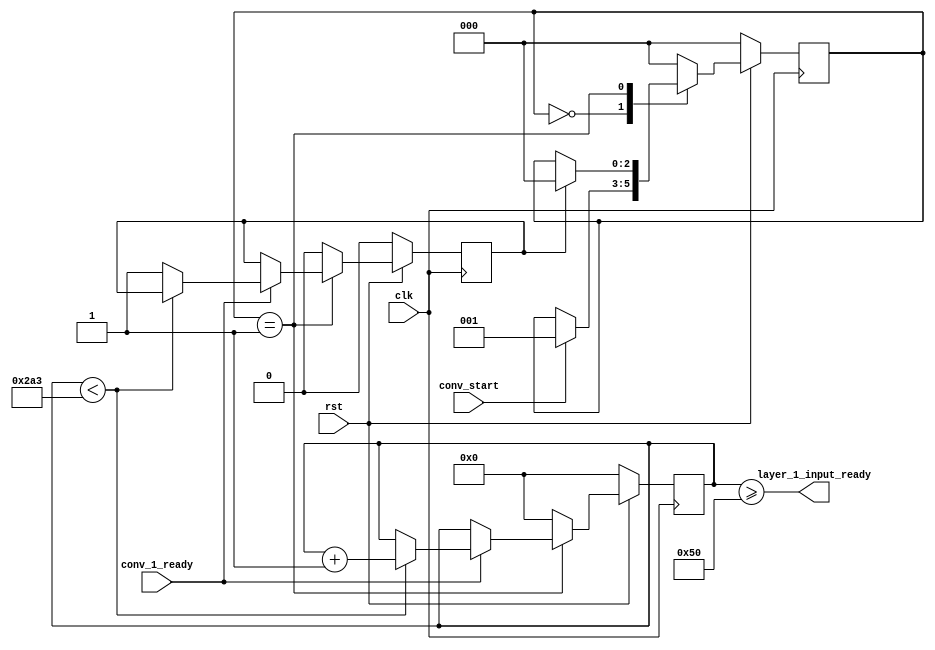
module Layer1Input(
    input clk,
    input rst,
    input conv_start,
    input conv_1_ready,
    output layer_1_input_ready
);

    // conv_1_ready1
    reg layer_1_input_complete = 1'b0;
    parameter 
        VACANT = 3'd0,
        BUSY = 3'd1;
    reg [2:0] state = 3'd0;
    always @(posedge clk) begin
        if(!rst) begin
            state <= VACANT;
        end
        else begin
            case(state)
                VACANT: begin
                    if(conv_start) begin
                        state <= BUSY;
                    end
                end
                BUSY: begin
                    if(layer_1_input_complete) begin
                        state <= VACANT;
                    end
                end
                default: begin
                    state <= VACANT;
                end
            endcase
        end
    end

    // 26x26x83x3x8
    parameter img_size = 10'd676;
    parameter convolution_size = 7'd78;
    parameter kernel_size = 2'd3;
    reg [9:0] pix_count = 10'd0;

    always @(posedge clk) begin
        if(!rst) begin
            pix_count <= 10'd0;
            layer_1_input_complete <= 1'b0;
        end
        else begin
            case(state)
                VACANT: begin
                    pix_count <= 10'd0;
                    layer_1_input_complete <= 1'b0;
                end
                BUSY: begin
                    if(conv_1_ready) begin
                        if(pix_count < img_size - 10'd1) begin
                            pix_count <= pix_count + 10'd1;
                        end
                        else begin
                            layer_1_input_complete <= 1'b1;
                        end
                    end
                end
                default: begin
                    pix_count <= 10'd0;
                    layer_1_input_complete <= 1'b0;
                end
            endcase
        end
    end

    // conv_2.vlayer_1_input_ready1'b1
    assign layer_1_input_ready = pix_count >= convolution_size + kernel_size - 1'b1;

endmodule